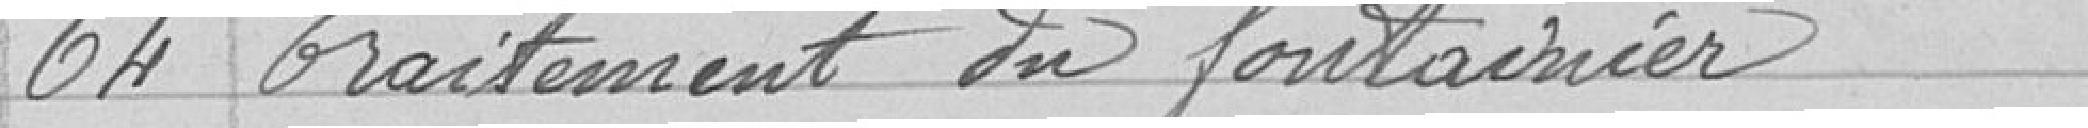
64 Traitement du fontainier